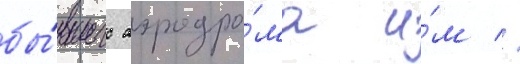
бы́вшего аэродро́ма и́м //